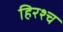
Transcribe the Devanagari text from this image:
हिरश्च